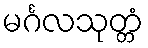
မင်္ဂလသုတ္တံ